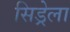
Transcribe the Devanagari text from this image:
सिड्रेला